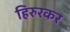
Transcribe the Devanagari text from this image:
हिरुरकर